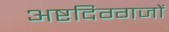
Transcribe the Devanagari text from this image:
अष्टदिग्गजों